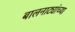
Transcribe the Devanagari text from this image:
बालनाट्यांच्या